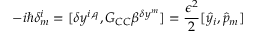
- i \hbar \delta _ { m } ^ { i } = [ \delta y ^ { i , q } , G _ { C C } \beta ^ { \delta y ^ { m } } ] = \frac { \epsilon ^ { 2 } } { 2 } [ { \hat { y } } _ { i } , { \hat { p } } _ { m } ]